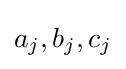
a_{j},b_{j},c_{j}